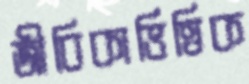
জীবিকাভিত্তিক